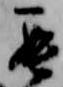
罷